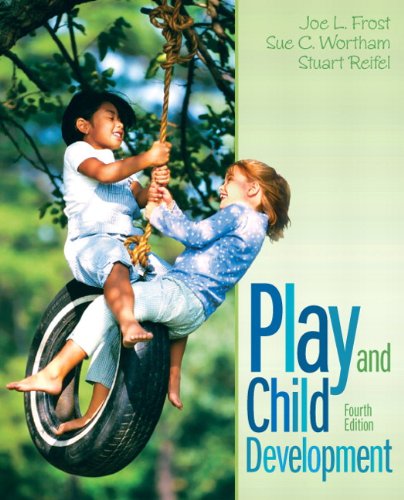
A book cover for Play and Child Development (4th Edition); Joe L. Frost; Politics & Social Sciences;